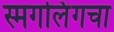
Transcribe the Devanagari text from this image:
स्मगलिंगचा